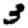
Digit: 3